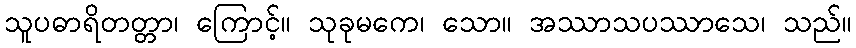
သူပဓာရိတတ္တာ၊ ကြောင့်။ သုခုမကေ၊ သော။ အဿာသပဿာသေ၊ သည်။